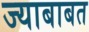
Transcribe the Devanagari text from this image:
ज्याबाबत